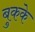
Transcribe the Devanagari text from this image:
बुकके